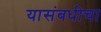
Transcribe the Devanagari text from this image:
यासंबधीचा